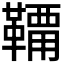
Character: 𩌸